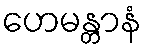
ဟေမန္တာနံ